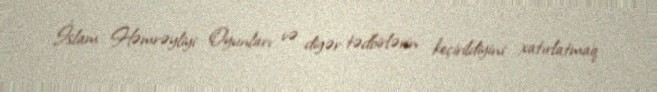
İslam Həmrəyliyi Oyunları və digər tədbirlərin keçirildiyini xatırlatmaq